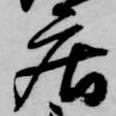
庄